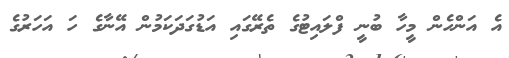
އެ އަންހެން މީހާ ބުނީ ފްލައިޓުގެ ތެރޭގައި އަޑުގަދަކަމުން އޭނާގެ ހަ އަހަރުގެ